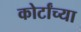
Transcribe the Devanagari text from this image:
कोर्टांच्या